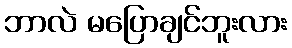
ဘာလဲ မပြောချင်ဘူးလား